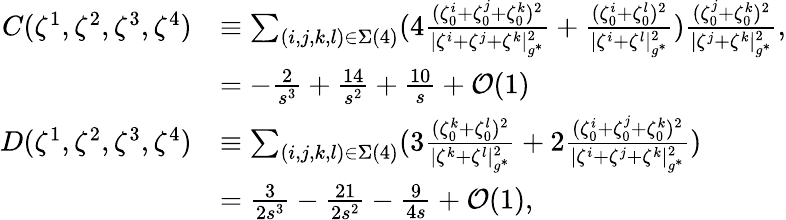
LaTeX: \begin{array}{rl}{C(\zeta^{1},\zeta^{2},\zeta^{3},\zeta^{4})}&{\equiv\sum_{(i,j,k,l)\in\Sigma(4)}(4\frac{(\zeta_{0}^{i}+\zeta_{0}^{j}+\zeta_{0}^{k})^{2}}{|{\zeta^{i}}+{\zeta^{j}}+{\zeta^{k}}|_{g^{*}}^{2}}+\frac{(\zeta_{0}^{i}+\zeta_{0}^{l})^{2}}{|{\zeta^{i}}+{\zeta^{l}}|_{g^{*}}^{2}})\frac{(\zeta_{0}^{j}+\zeta_{0}^{k})^{2}}{|{\zeta^{j}}+{\zeta^{k}}|_{g^{*}}^{2}},}\\ &{=-\frac{2}{s^{3}}+\frac{14}{s^{2}}+\frac{10}{s}+\mathcal{O}(1)}\\ {D(\zeta^{1},\zeta^{2},\zeta^{3},\zeta^{4})}&{\equiv\sum_{(i,j,k,l)\in\Sigma(4)}(3\frac{(\zeta_{0}^{k}+\zeta_{0}^{l})^{2}}{|{\zeta^{k}}+{\zeta^{l}}|_{g^{*}}^{2}}+2\frac{(\zeta_{0}^{i}+\zeta_{0}^{j}+\zeta_{0}^{k})^{2}}{|{\zeta^{i}}+{\zeta^{j}}+{\zeta^{k}}|_{g^{*}}^{2}})}\\ &{=\frac{3}{2s^{3}}-\frac{21}{2s^{2}}-\frac{9}{4s}+\mathcal{O}(1),}\end{array}